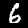
Label: 6